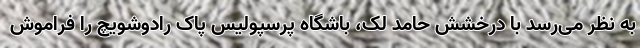
به نظر می‌رسد با درخشش حامد لک، باشگاه پرسپولیس پاک رادوشویچ را فراموش